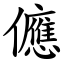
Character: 㒣